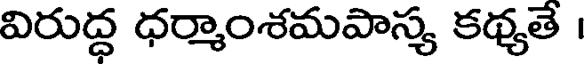
విరుద్ధ ధర్మాంశమపాస్య కథ్యతే